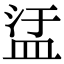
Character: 盓